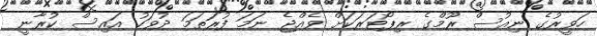
ހަވީރުގެ ނިއުސް ރޫމްގެ ރިޕޯޓަރަކަށް ވެއްޖެ ނަމަ ފުރަތަމަ ދުވަހު އައިސް ކުރާނީ